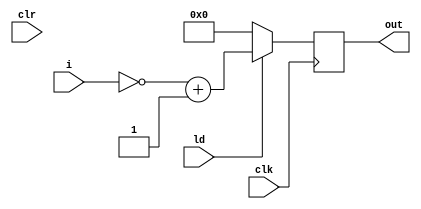
`timescale 1ns / 1ps

module reg2(i,ld,clk,clr,out);
input [7:0]i;
input ld,clk,clr;
output reg[15:0]out;

always@(posedge clk)begin
    if(clr==1)
        out <= 0;
    if(ld)
        out <= ~i + 1;
    else
        out <= 0;
end
endmodule